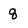
Character: q